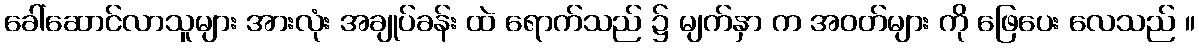
ခေါ်ဆောင်လာသူများ အားလုံး အချုပ်ခန်း ထဲ ရောက်သည် ၌ မျက်နှာ က အဝတ်များ ကို ဖြေပေး လေသည် ။